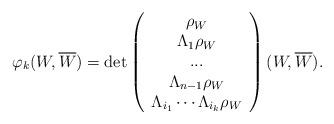
LaTeX: \begin{align*}\varphi_{k}(W, \overline{W})=\det\left(\begin{array}{c}\rho_{W} \\\Lambda_{1}\rho_{W} \\... \\\Lambda_{n-1}\rho_{W} \\\Lambda_{i_1} \cdots \Lambda_{i_k}\rho_{W} \\\end{array}\right)(W, \overline{W}).\end{align*}